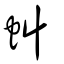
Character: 虯